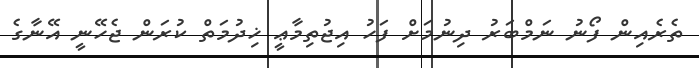
ތެރެއިން ފޯނު ނަމްބަރު ދިނުމަށް ފަހު އިޖުތިމާޢީ ޚިދުމަތް ކުރަން ޖެހޭނީ އޭނާގެ